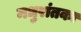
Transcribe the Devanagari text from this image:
मधुरांतका